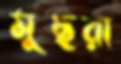
মুছরা